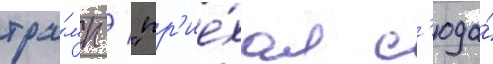
тра́мп / "пр'ие́хал с'юда́